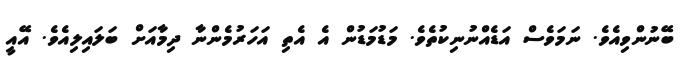
ބޭނުންވިއެވެ. ނަމަވެސް އަޑެއްނުނިކުތެވެ. މަޑުމަޑުން އެ އެތި އަހަރުމެންނާ ދިމާއަށް ބަލައިލިއެވެ. އޭއީ